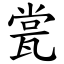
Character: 瓽